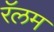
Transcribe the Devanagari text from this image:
रॅलम